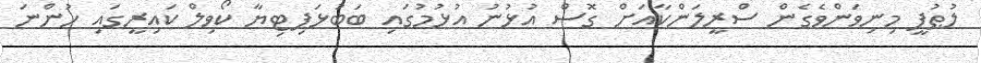
ލުޠުފީ މިނިވަންވެގެން ސްރީލަންކާއަށް ގޮސް އުޅުނު އުޅުމުގައި ބަބުޅަޕިޓިޔާ ކޯވިލް ކައިރީގައި ހުންނަ